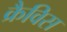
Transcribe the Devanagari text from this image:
क्रैविस